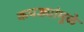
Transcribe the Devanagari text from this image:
कपड्यांमूळे